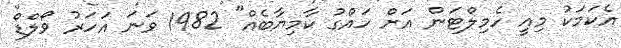
އެކަމަކު މިއީ ހެމިލްޓަން އަށް ހައްގު ކާމިޔާބެއް" 1982 ވަނަ އަހަރު ވޯލްޑް